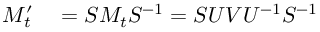
\begin{array} { r l } { M _ { t } ^ { \prime } } & { { } = S M _ { t } S ^ { - 1 } = S U V U ^ { - 1 } S ^ { - 1 } } \end{array}